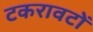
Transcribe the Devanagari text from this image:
टकरावटों